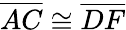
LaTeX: {\overline{{AC}}}\cong{\overline{{DF}}}